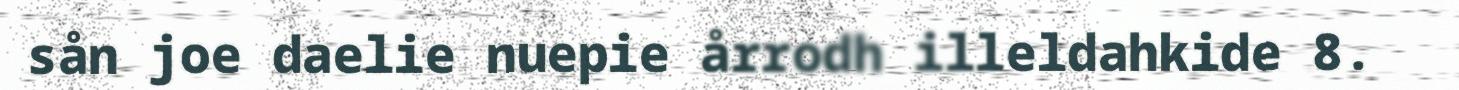
sån joe daelie nuepie årrodh illeldahkide 8.